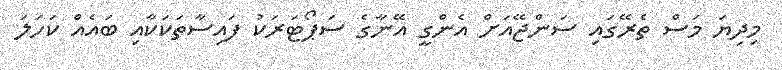
މިދިޔަ މަސް ތެރޭގައި ސަންޖޭއަށް އެންގީ އޭނާގެ ސަޕޯޓަރަކު ފައިސާތަކަކާއި ބައެއް ކަހަލަ